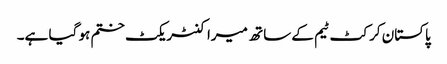
پاکستان کرکٹ ٹیم کے ساتھ میرا کنٹریکٹ ختم ہو گیا ہے۔